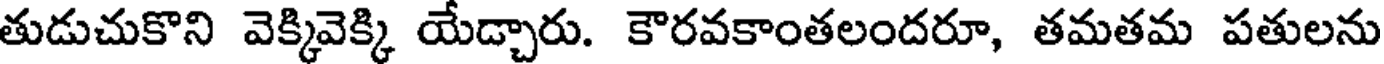
తుడుచుకొని వెక్కివెక్కి యేడ్చారు. కౌరవకాంతలందరూ, తమతమ పతులను